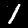
Digit: 1